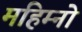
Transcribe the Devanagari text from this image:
महिम्नो